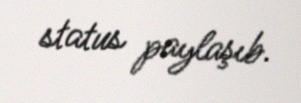
status paylaşıb.